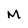
Character: M